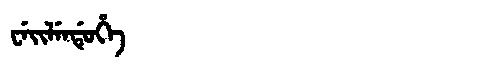
Manchu: ᠸᡝᡳᠯᡝᠨᡩᡠᡥᡝ
Romanization: WEILENDUHE